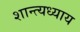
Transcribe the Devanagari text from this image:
शान्त्यध्याय